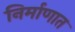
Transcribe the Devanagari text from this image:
निर्माणात